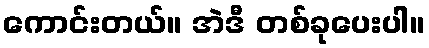
ကောင်းတယ်။ အဲဒီ တစ်ခုပေးပါ။